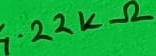
Text: 4.22KΩ